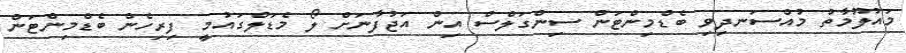
މައުލޫމާތު މުއްސަނދިވި ބެޑްމިންޓަން ސިންގަލްސް އިން އަޖުފާނަށް ލޯ މެޑަލްގައުމީ ފިރިހެން ބެޑްމިންޓަން